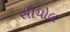
સીયોલ